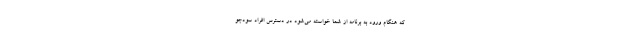
که هنگام ورود به برنامه از شما خواسته‌ می‌شود در دسترس افراد سودجو